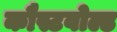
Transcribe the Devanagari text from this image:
कौस्टवोल्ड